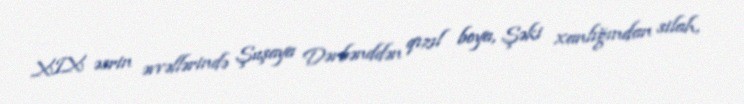
XIX əsrin əvvəllərində Şuşaya Dərbənddən qızıl boya, Şəki xanlığından silah,